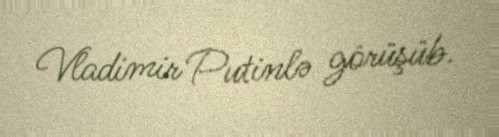
Vladimir Putinlə görüşüb.